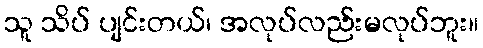
သူ သိပ် ပျင်းတယ်၊ အလုပ်လည်းမလုပ်ဘူး။